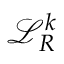
\mathcal { L } _ { R } ^ { k }